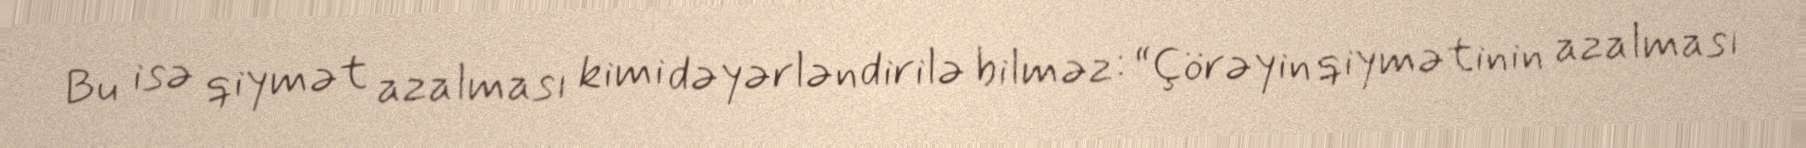
Bu isə qiymət azalması kimi dəyərləndirilə bilməz: “Çörəyin qiymətinin azalması